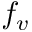
f _ { v }